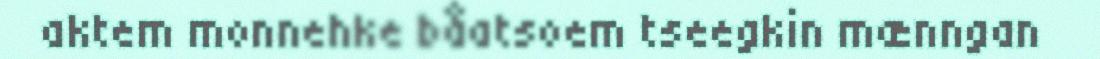
aktem monnehke båatsoem tseegkin mænngan